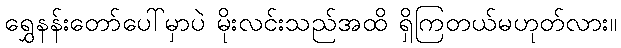
ရွှေနန်းတော်ပေါ်မှာပဲ မိုးလင်းသည်အထိ ရှိကြတယ်မဟုတ်လား။